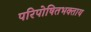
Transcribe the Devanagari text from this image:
परिपोषितभक्ताय